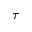
\tau